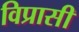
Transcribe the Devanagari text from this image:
विप्रासी